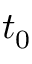
t _ { 0 }